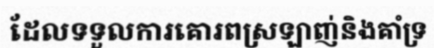
ដែលទទួលការគោរពស្រឡាញ់និងគាំទ្រ